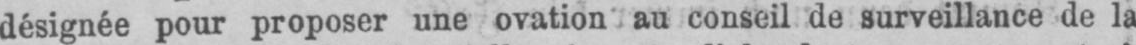
désignée pour proposer une ovation au conseil de surveillance de la